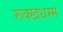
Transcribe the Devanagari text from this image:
रूक्खधम्म